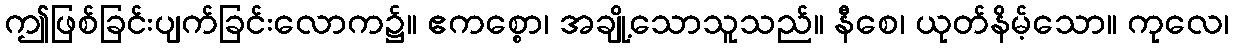
ဤဖြစ်ခြင်းပျက်ခြင်းလောက၌။ ဧကစ္စော၊ အချို့သောသူသည်။ နီစေ၊ ယုတ်နိမ့်သော။ ကုလေ၊